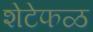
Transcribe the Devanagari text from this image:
शेटेफळ